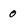
Character: 0